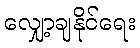
လျှော့ချနိုင်ရေး